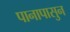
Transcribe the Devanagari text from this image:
पानापासुन